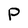
Character: P